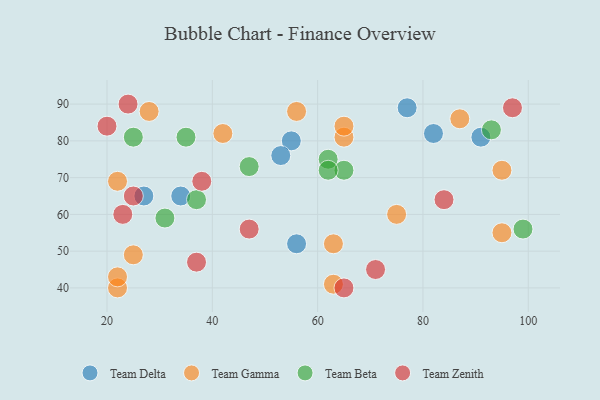
{"axis": {"x": "GDP", "y": "Life Expectancy"}, "legend": ["Team Beta", "Team Delta", "Team Gamma", "Team Zenith"], "data": [{"x": "55", "y": 80, "type": "Team Delta"}, {"x": "82", "y": 82, "type": "Team Delta"}, {"x": "27", "y": 65, "type": "Team Delta"}, {"x": "91", "y": 81, "type": "Team Delta"}, {"x": "34", "y": 65, "type": "Team Delta"}, {"x": "56", "y": 52, "type": "Team Delta"}, {"x": "77", "y": 89, "type": "Team Delta"}, {"x": "53", "y": 76, "type": "Team Delta"}, {"x": "63", "y": 41, "type": "Team Gamma"}, {"x": "22", "y": 69, "type": "Team Gamma"}, {"x": "42", "y": 82, "type": "Team Gamma"}, {"x": "63", "y": 52, "type": "Team Gamma"}, {"x": "65", "y": 81, "type": "Team Gamma"}, {"x": "75", "y": 60, "type": "Team Gamma"}, {"x": "87", "y": 86, "type": "Team Gamma"}, {"x": "28", "y": 88, "type": "Team Gamma"}, {"x": "56", "y": 88, "type": "Team Gamma"}, {"x": "95", "y": 72, "type": "Team Gamma"}, {"x": "22", "y": 40, "type": "Team Gamma"}, {"x": "95", "y": 55, "type": "Team Gamma"}, {"x": "25", "y": 49, "type": "Team Gamma"}, {"x": "22", "y": 43, "type": "Team Gamma"}, {"x": "65", "y": 84, "type": "Team Gamma"}, {"x": "37", "y": 64, "type": "Team Beta"}, {"x": "62", "y": 75, "type": "Team Beta"}, {"x": "65", "y": 72, "type": "Team Beta"}, {"x": "47", "y": 73, "type": "Team Beta"}, {"x": "35", "y": 81, "type": "Team Beta"}, {"x": "93", "y": 83, "type": "Team Beta"}, {"x": "99", "y": 56, "type": "Team Beta"}, {"x": "31", "y": 59, "type": "Team Beta"}, {"x": "62", "y": 72, "type": "Team Beta"}, {"x": "25", "y": 81, "type": "Team Beta"}, {"x": "97", "y": 89, "type": "Team Zenith"}, {"x": "24", "y": 90, "type": "Team Zenith"}, {"x": "47", "y": 56, "type": "Team Zenith"}, {"x": "84", "y": 64, "type": "Team Zenith"}, {"x": "71", "y": 45, "type": "Team Zenith"}, {"x": "20", "y": 84, "type": "Team Zenith"}, {"x": "38", "y": 69, "type": "Team Zenith"}, {"x": "23", "y": 60, "type": "Team Zenith"}, {"x": "65", "y": 40, "type": "Team Zenith"}, {"x": "25", "y": 65, "type": "Team Zenith"}, {"x": "37", "y": 47, "type": "Team Zenith"}]}